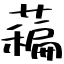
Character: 藊